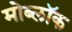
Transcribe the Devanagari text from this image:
मोब्लॉक